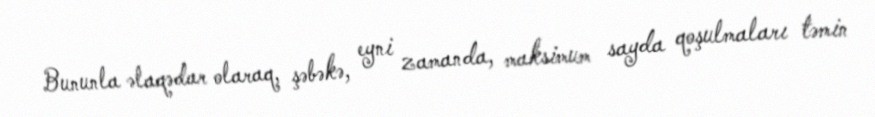
Bununla əlaqədar olaraq, şəbəkə, eyni zamanda, maksimum sayda qoşulmaları təmin